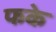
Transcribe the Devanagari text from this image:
फके